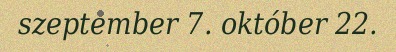
szeptember 7. október 22.